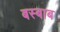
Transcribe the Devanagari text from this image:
बस्बाब